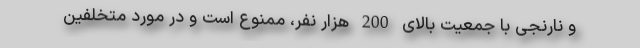
و نارنجی با جمعیت بالای 200 هزار نفر، ممنوع است و در مورد متخلفین